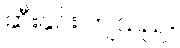
ဆီးနှင်း ကျသည်။